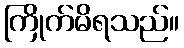
ကြိုက်မိရသည်။